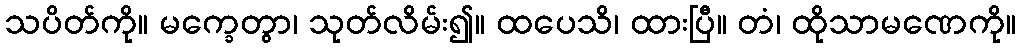
သပိတ်ကို။ မက္ခေတွာ၊ သုတ်လိမ်း၍။ ထပေသိ၊ ထားပြီ။ တံ၊ ထိုသာမဏေကို။